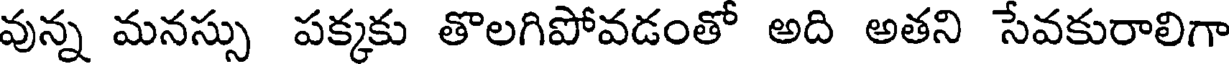
వున్న మనస్సు పక్కకు తొలగిపోవడంతో అది అతని సేవకురాలిగా